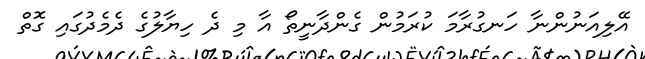
އޭލިއަނުންނާ ހަނގުރާމަ ކުރަމުން ގެންދާނީތޯ އާ މި ދެ ހިޔާލުގެ ދެމެދުގައި ގޮތް